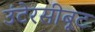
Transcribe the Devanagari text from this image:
उंटेरसीबूट